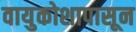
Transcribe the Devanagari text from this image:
वायुकोशापासून